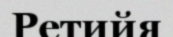
Ретийя